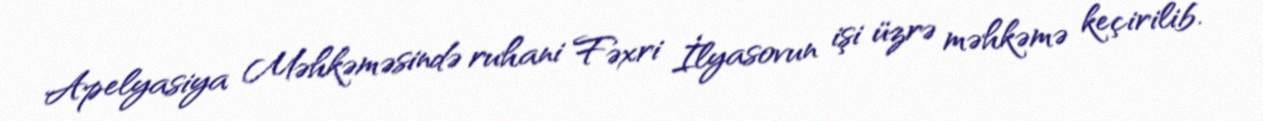
Apelyasiya Məhkəməsində ruhani Fəxri İlyasovun işi üzrə məhkəmə keçirilib.